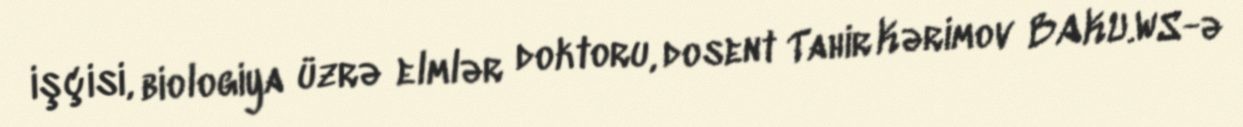
işçisi, biologiya üzrə elmlər doktoru, dosent Tahir Kərimov BAKU.WS-ə